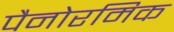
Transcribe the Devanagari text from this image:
पैनोरमिक